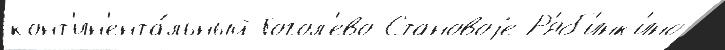
конт'ин'ента́льный Гогол'ево Становоjе Р'яб'инк'ино